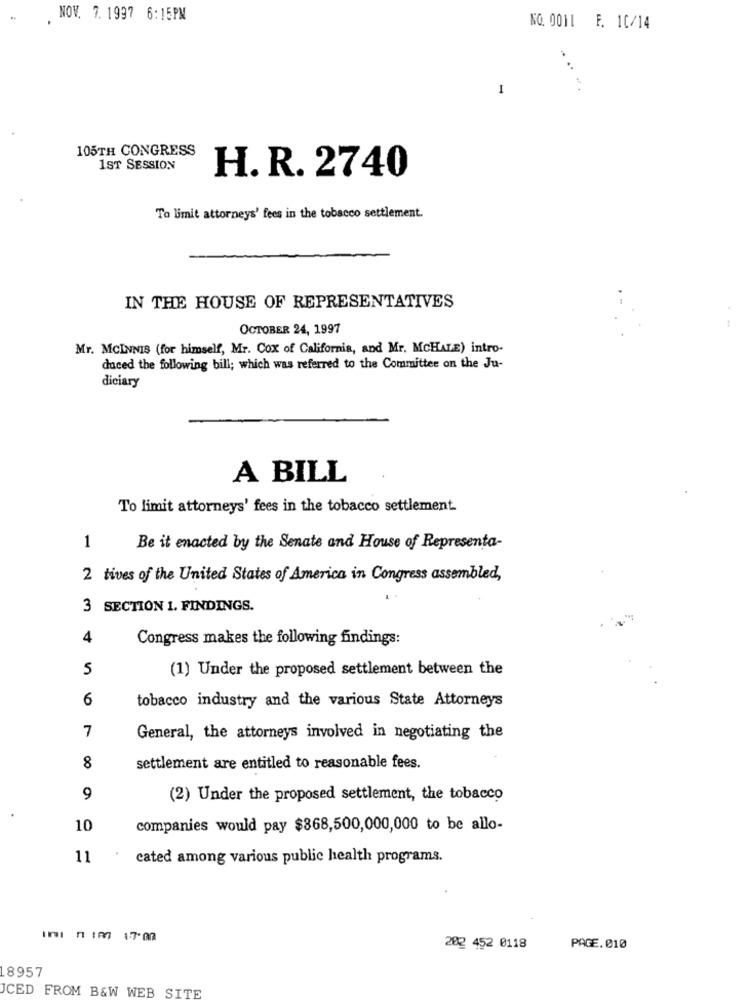
NOV. 7.1997 6:15PM
NO. 0011 F. 10/14
1
. ** *
105TH CONGRESS
1ST SESSION
H. R. 2740
To limit attorneys' fees in the tobacco settlement.
IN THE HOUSE OF REPRESENTATIVES
OCTOBER 24, 1997
Mr. MCINNIS (for himself, Mr. Cox of California, and Mr. MCHALE) intro-
duced the following bill; which was referred to the Committee on the Ju-
diciary
A BILL
To limit attorneys' fees in the tobacco settlement.
1
Be it enacted by the Senate and House of Representa-
2 tives of the United States of America in Congress assembled,
3 SECTION 1. FINDINGS.
4
Congress makes the following findings:
5
(1) Under the proposed settlement between the
6
tobacco industry and the various State Attorneys
7
General, the attorneys involved in negotiating the
8
settlement are entitled to reasonable fees.
9
(2) Under the proposed settlement, the tobacco
10
companies would pay $868,500,000,000 to be allo-
11
cated among various public health programs.
InI n IM 17.0
202 452 0118
PAGE. 010
8957
ICED FROM B&W WEB SITE